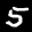
Label: 5